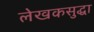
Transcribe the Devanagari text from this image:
लेखकसुद्धा